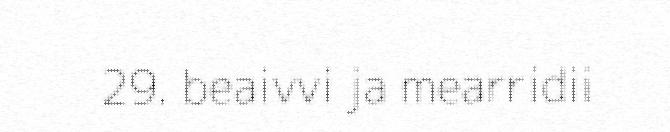
29. beaivvi ja mearridii